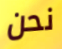
نحن